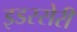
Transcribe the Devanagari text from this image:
इडस्सेरी